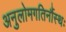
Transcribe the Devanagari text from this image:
अनुलोमगतिर्नौस्थः